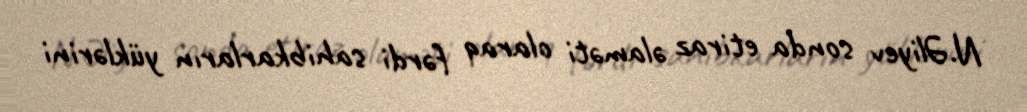
N.Əliyev sonda etiraz əlaməti olaraq fərdi sahibkarların yüklərini